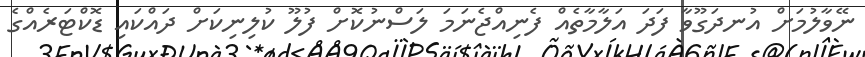
ނޭވާލުމަށް އުނދަގޫވާ ފަދަ އަލާމާތެއް ފެނިއްޖެނަމަ ލަސްނުކޮށް ފުލޫ ކުލިނިކަށް ދައްކައި ޑޮކްޓަރެއްގެ